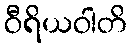
ဝီရိယဝါတိ